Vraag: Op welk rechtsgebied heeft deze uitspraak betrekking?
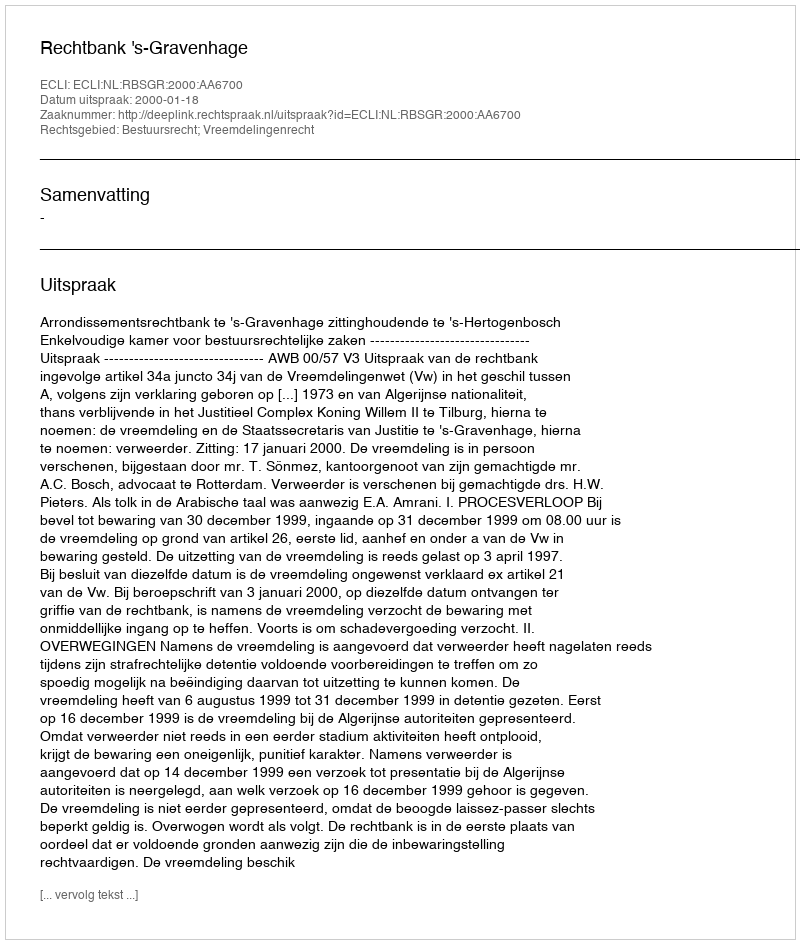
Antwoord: Bestuursrecht; Vreemdelingenrecht